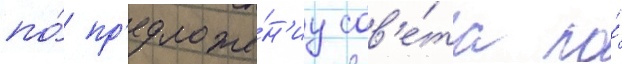
по́ пр'едложе́н'иу сов'е́та по́